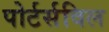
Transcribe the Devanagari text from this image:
पोर्टर्सविल